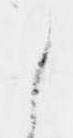
ら